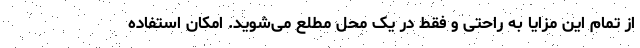
از تمام این مزایا به راحتی و فقط در یک محل مطلع می‌شوید. امکان استفاده